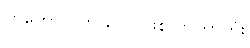
ဟကောင် ဘယ်လို ဖြစ်လာတာတုံး